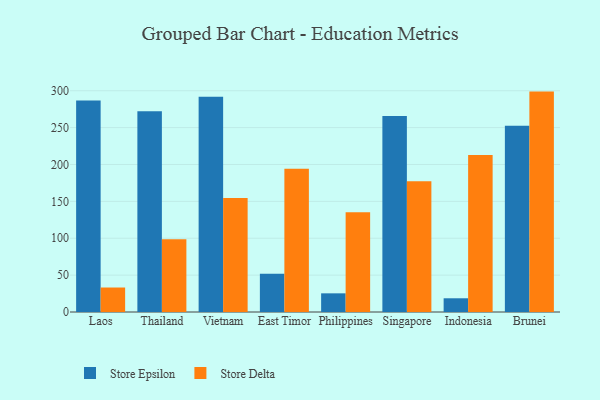
{"axis": {"x": "Country", "y": "Shipments"}, "legend": ["Store Delta", "Store Epsilon"], "data": [{"x": "Laos", "y": 286.6, "type": "Store Epsilon"}, {"x": "Laos", "y": 33.2, "type": "Store Delta"}, {"x": "Thailand", "y": 272.0, "type": "Store Epsilon"}, {"x": "Thailand", "y": 98.6, "type": "Store Delta"}, {"x": "Vietnam", "y": 291.7, "type": "Store Epsilon"}, {"x": "Vietnam", "y": 154.7, "type": "Store Delta"}, {"x": "East Timor", "y": 51.9, "type": "Store Epsilon"}, {"x": "East Timor", "y": 194.1, "type": "Store Delta"}, {"x": "Philippines", "y": 25.3, "type": "Store Epsilon"}, {"x": "Philippines", "y": 135.2, "type": "Store Delta"}, {"x": "Singapore", "y": 265.7, "type": "Store Epsilon"}, {"x": "Singapore", "y": 177.4, "type": "Store Delta"}, {"x": "Indonesia", "y": 18.6, "type": "Store Epsilon"}, {"x": "Indonesia", "y": 212.9, "type": "Store Delta"}, {"x": "Brunei", "y": 252.6, "type": "Store Epsilon"}, {"x": "Brunei", "y": 298.8, "type": "Store Delta"}]}